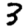
Digit: 3